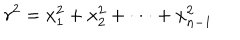
r ^ { 2 } = x _ { 1 } ^ { 2 } + x _ { 2 } ^ { 2 } + \cdot \cdot \cdot + x _ { n - 1 } ^ { 2 }